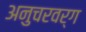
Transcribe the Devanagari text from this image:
अनुचरवर्ग